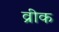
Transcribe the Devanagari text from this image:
व्रीक